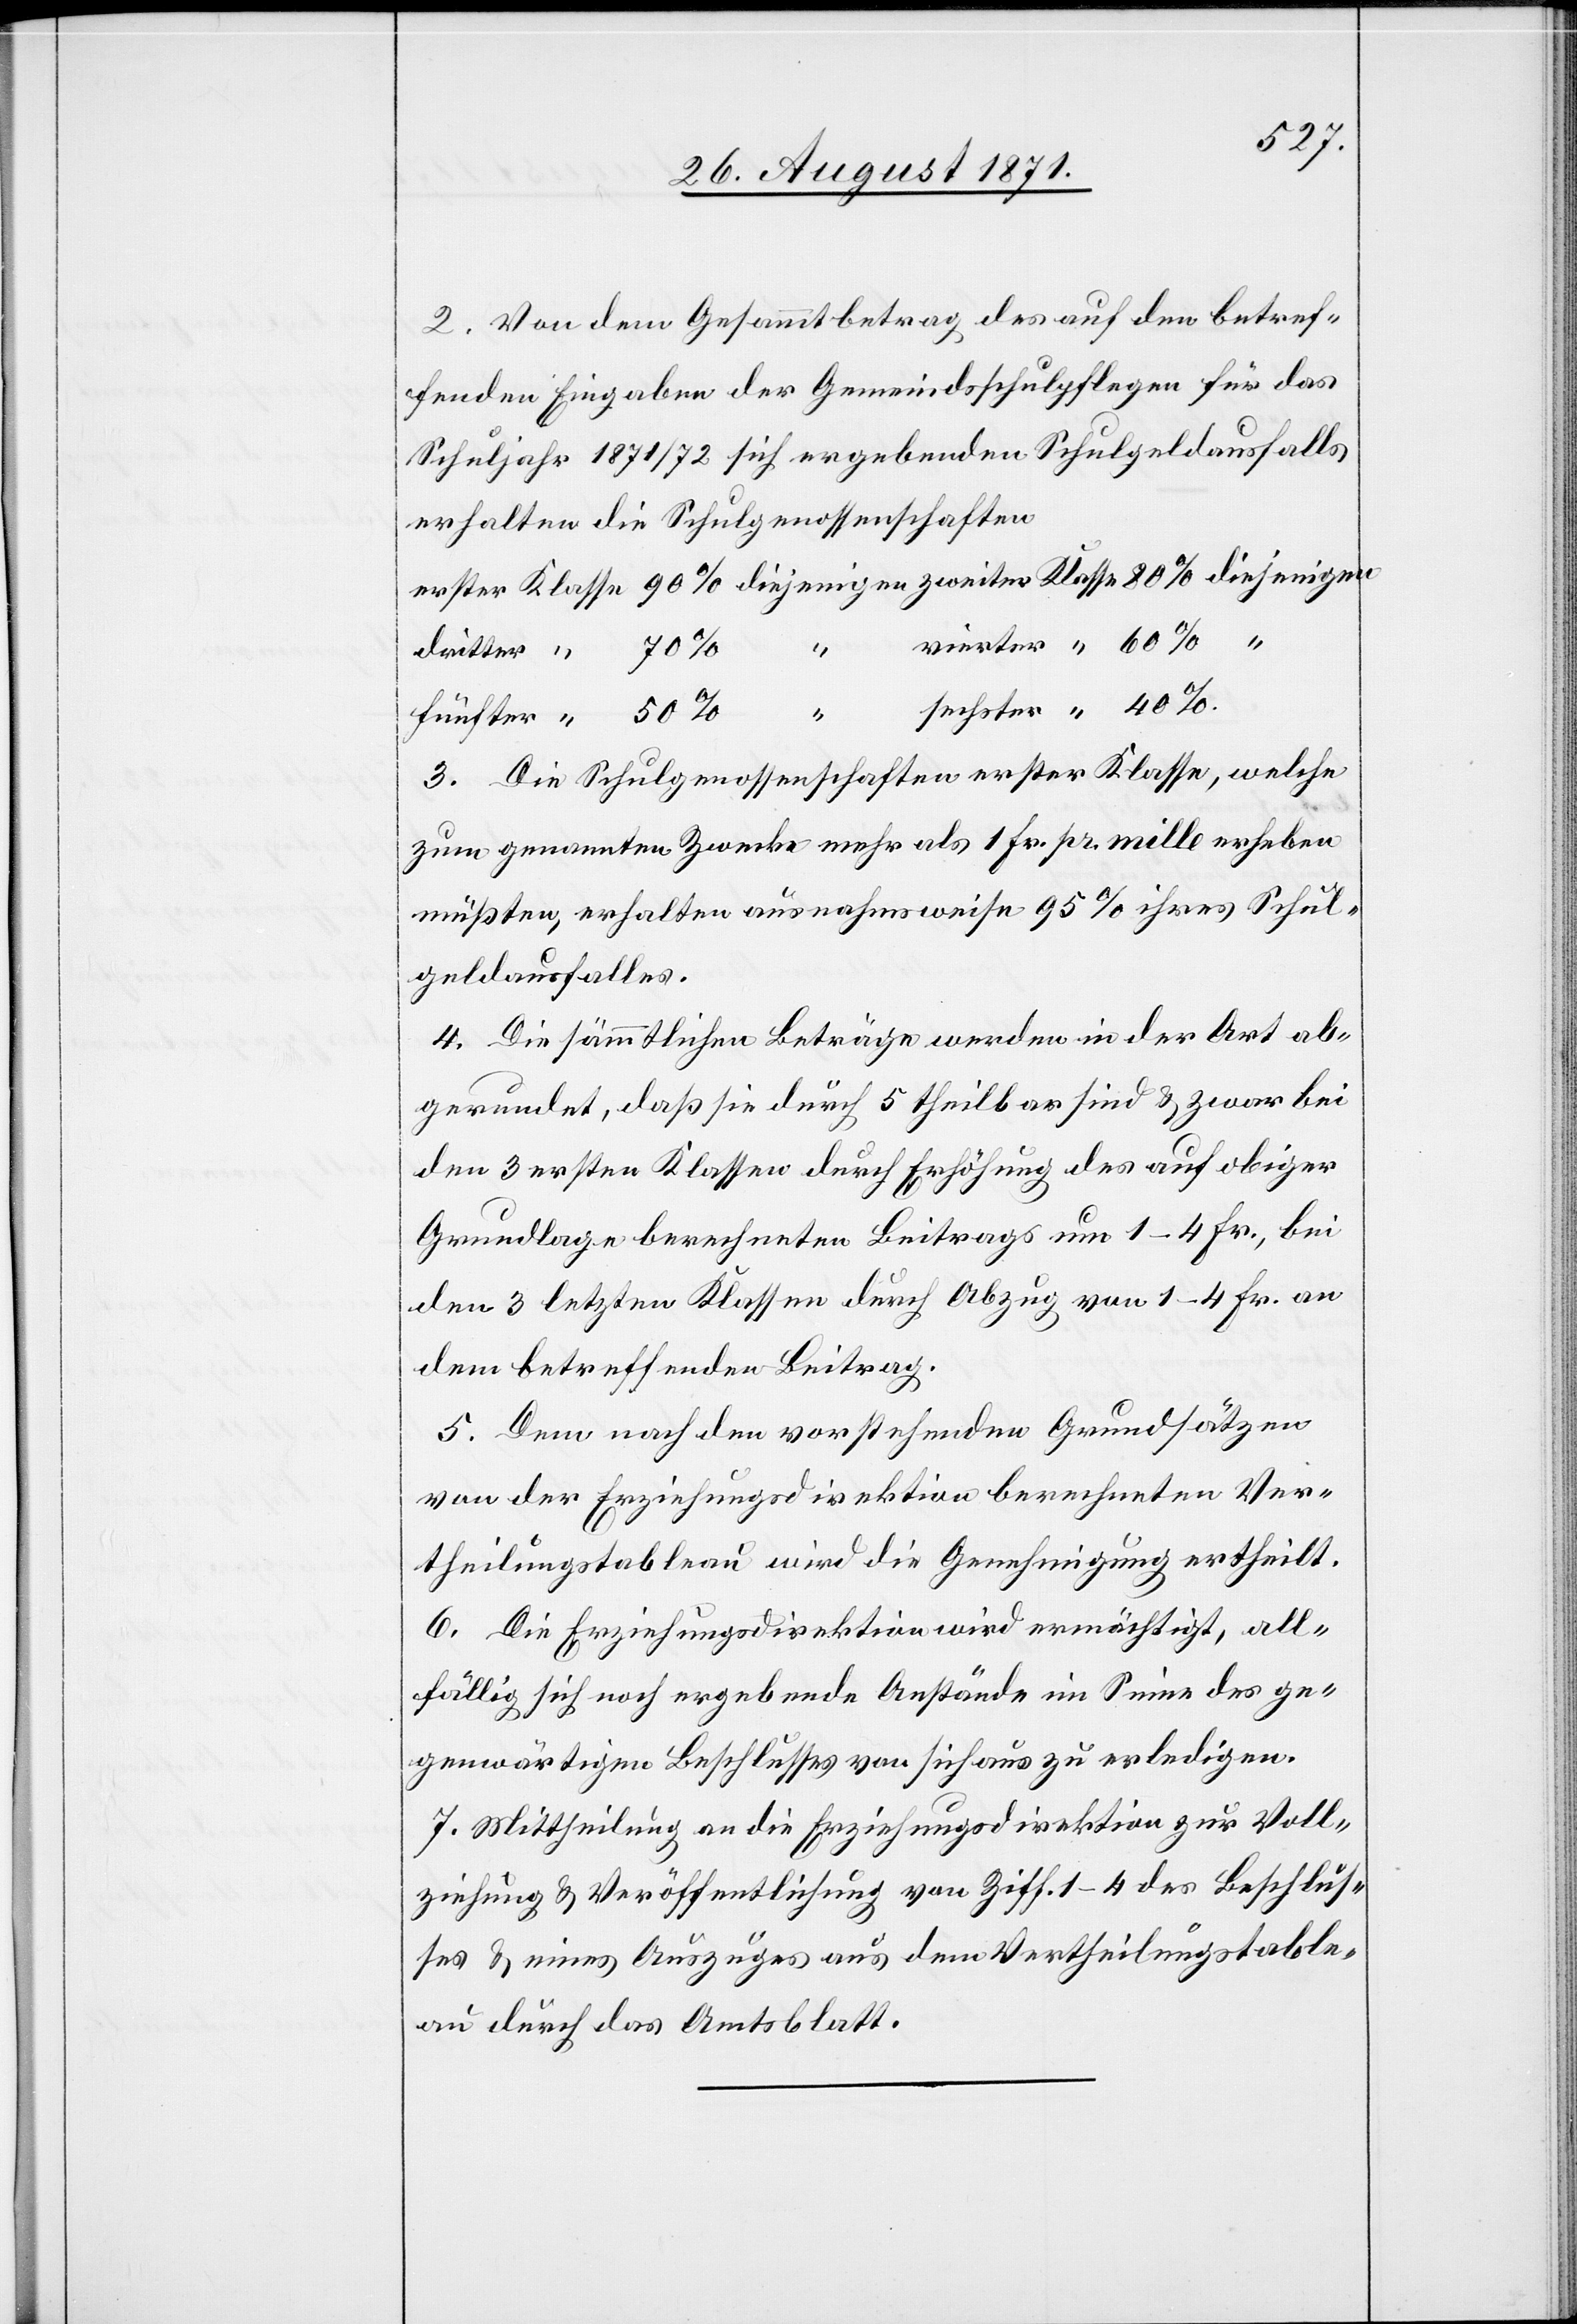
2. Von dem Gesammtbetrag des auf den betref¬
fenden Eingaben der Gemeinsschulpflege für das
Schuljahr 1871/72 sich ergebenden Schulgedausfalls
erhalten die Schulgenossenschaften
3. Die Schulgenossenschaften erster Klasse, welche
zum genannten Zwecke mehr als 1 Fr. pr. Mille erheben
müssten, erhalten ausnahmsweise 95% ihres Schul¬
gedausfalles.
4. Die sämmtlichen Erträge werden in der Art ab¬
gerundet, daß sie durch 5 theilbar sind & zwar bei¬
den 3 ersten Klassen durch Erhöhung des auf obiger
Grundlage berechneten Beitrags um 1–4 Fr., bei
den 3 letzten Klassen durch Abzug von 1–4 Fr. an
dem betreffenden Beitrag.
5. Dem nach den vorstehenden Grundsätzen
von der Erziehungsdirektion berechneten Ver¬
theilungstableau wird die Genemigung ertheilt.
6. Die Erziehungsdirektion wird ermächtigt, all¬
fällig sich noch ergebenden Anstände im Sinn des ge¬
genwärtigen Beschlusses von sich aus zu erledigen.
7. Mittheilung an die Erziehungsdirektion zur Voll¬
ziehung & Veröffentlichung von Ziff. 1–4 des Beschlus¬
ses & eines Auszuges aus dem Vertheilungstable¬
au durch das Amtsblatt.